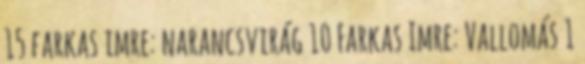
15 farkas imre: narancsvirág 10 Farkas Imre: Vallomás 1